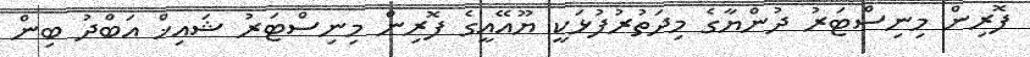
ފޮރިން މިނިސްޓަރު ދުންޔާގެ މިދަތުރުފުޅަކީ ޔޫއޭއީގެ ފޮރިން މިނިސްޓަރު ޝައިޚް އަބްދު ބިން